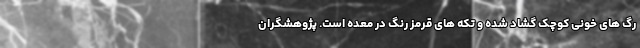
رگ های خونی کوچک گشاد شده و تکه های قرمز رنگ در معده است. پژوهشگران